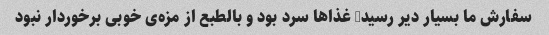
سفارش ما بسیار دیر رسید, غذاها سرد بود و بالطبع از مزه‌ی خوبی برخوردار نبود